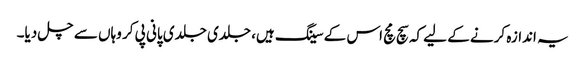
یہ اندازہ کرنے کے لیے کہ سچ مچ اس کے سینگ ہیں، جلدی جلدی پانی پی کر وہاں سے چل دیا۔